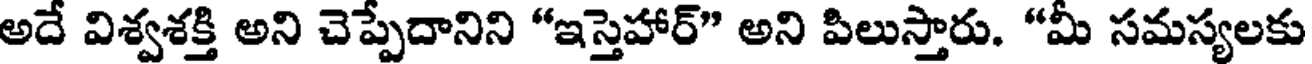
అదే విశ్వశక్తి అని చెప్పేదానిని "ఇస్తెహార్" అని పిలుస్తారు. "మీ సమస్యలకు